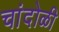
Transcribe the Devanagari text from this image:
चांदोळी